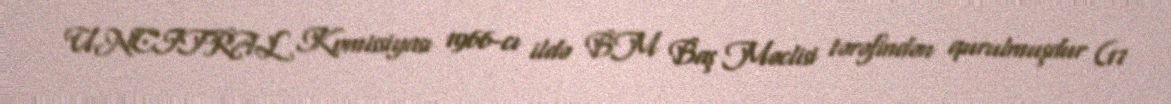
UNCITRAL Komissiyası 1966-cı ildə BM Baş Məclisi tərəfindən qurulmuşdur (17